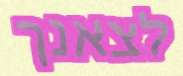
לצאנך